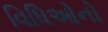
વિધિઓનો